Annual statistical returns and brief notes on vaccination in Bengal - 1887-1898
Year: 1887
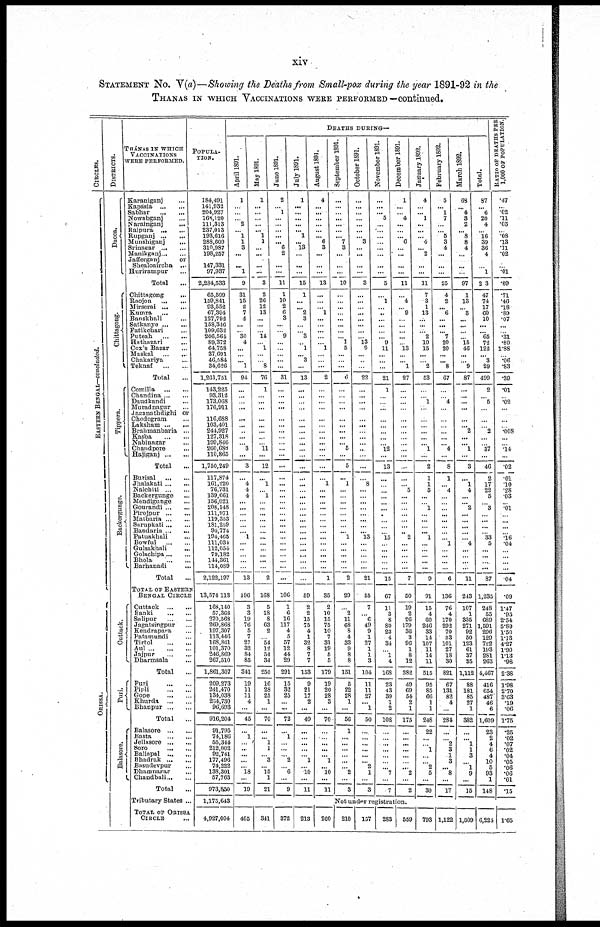
xiv
STATEMENT No. V(a)—Showing the Deaths from Small-pox during the year 1891-92 in the
THANAS IN WHICH VACCINATIONS WERE PERFORMED—continued.
CIRCLES.
EASTERN BENGAL—concluded.
ORISSA.
DISTRICTS.
Dacca.
Chittagong.
Tippera.
Backergunge.
Cuttack.
Puri.
Balasore.
THÁNAS IN WHICH
VACCINATIONS
WERE PERFORMED.
Karaniganj ...
Kapasia
...
...
Sabhar
...
...
Nowabganj ...
Narainganj
...
Raipura
...
...
Rupganj
...
...
Munshiganj ...
Srinagar ... ...
Manikganj ... ...
Jafferganj
or
Shealoaircha ...
Hurirampur ...
Total ...
Chittngong ...
Raojon
...
...
Mirserai
...
...
Kumra ... ...
Banskhali ...
Satkanye
...
...
Fatikchari ...
Puteah
...
...
Hathazari
...
Cox's Bazar ...
Maskal
...
...
Chakariya ...
Teknaf
... ...
Total ...
Comilla
...
...
Chandina ... ...
Daudkandi ...
Muradnagur ...
Jaganathdighi or
Chodogram ...
Laksham
...
...
Brahmanbaria ...
Kasba
...
...
Nabinagar ...
Chandpore ...
Hajiganj
...
...
Total ...
Burisal
...
...
Jhalakati ... ...
Nalchiti
...
...
Backergunge ...
Mendigunge ...
Gourandi ... ...
Pirojpur
...
...
Matbaria ... ...
Sarupkati ... ...
Bandaria ... ...
Patuakhali ...
Bowful
...
...
Gulsakhali ...
Golachipa ... ...
Bhola
...
...
Barhanadi
...
Total ...
TOTAL OF EASTERN
BENGAL CIRCLE
Cuttack
...
...
Banki
...
...
Salipur
...
...
Jagatsingpur ...
Kendrapara ...
Patamundi ...
Tirtol
...
...
Aul
...
...
...
Jajpur
...
...
Dharmsala ...
Total ...
Puri
...
...
Pipli
...
...
Gope
...
...
Khurda
...
...
Bhanpur
...
...
Total ...
Balasore
...
...
Basta
...
...
Jellasore
...
...
Soro
...
...
Balinpal
...
...
Bhadrak
...
...
Basudevpur ...
Dhamnagar ...
Chandbali ... ...
Total ...
Tributary States ...
TOTAL OF ORISSA
CIRCLE ...
POPULA¬
-----
184,491
141,932
204,927
168,120
111,313
237,013
193,616
288,609
310,987
198,257
147,331
97,937
2,284,533
65,599
159,841
93,552
67,394
127,792
158,346
109,632
206,564
89,372
64,758
37,691
46,584
34,626
1,261,751
143,225
93,312
173,068
176,911
116,688
103,401
244,927
127,318
199,846
260,688
110,865
1,750,249
117,874
161,220
76,731
139,661
156,021
208,148
111,971
119,353
181,259
94,774
194,465
111,034
112,054
79,182
144,361
114,089
2,122,197
13,574,113
168,140
57,368
270,568
269,868
197,307
113,446
168,861
101,370
246,869
267,510
1,861,307
209,273
241,470
134,038
264,730
96,693
916,204
91,795
74,186
55,344
212,002
92,741
177,496
74,222
138,301
57,763
973,850
1,175,643
4,927,004
DEATHS DURING—
April 1891.
1
...
...
...
2
... 1
1
3
...
...
1
9
31
15
2
7
4
...
...
30
4
...
...
... 1
94
...
...
...
...
...
...
...
...
...
3
...
3
...
4
4
4
...
...
...
...
...
...
1
...
...
...
...
...
13
196
3
3
19
76
5
7
27
32
84
85
341
19
11
11
4
...
45
...
1
...
...
...
...
...
18
...
19
May 1891.
1
...
...
...
...
... 1
1
...
...
...
...
3
2
26
12
13
...
...
...
14
... 1
...
...
8
76
1
...
...
...
...
...
...
...
...
11
...
12
...
1
...
1
...
...
...
...
...
...
...
...
...
...
...
...
2
168
5
18
8
63
2
...
54
12
54
34
250
16
28
25
1
...
70
...
... 1
1
...
3
...
15
1
21
June 1891.
2
...
1
...
...
...
... ... 6
2
...
...
11
1
10
2
6
3
...
...
9
...
...
...
...
...
31
...
...
...
...
...
...
...
...
...
...
...
...
...
...
...
...
...
...
...
...
...
...
...
...
...
...
...
...
...
106
1
6
16
117
4
5
57
12
44
29
291
15
32
25
... ...
72
...
1
...
...
...
2
...
6
...
9
July 1891.
1
...
...
...
...
... 1
... 13
...
...
...
15
1
...
... 2
3
...
...
3
...
1
... 3
...
13
...
...
...
...
...
...
...
...
...
...
...
...
...
...
...
...
...
...
...
...
...
...
...
...
...
...
...
...
...
59
2
2
15
75
4
1
32
8
7
7
153
9
21
17
2
...
49
...
...
...
...
...
1
...
10
...
11
August 1891.
4
...
...
...
...
...
...
6
3
...
...
...
18
...
...
...
1
...
...
...
...
...
1
...
...
...
2
...
...
...
...
...
...
...
...
...
...
...
...
...
1
...
...
...
...
...
...
...
...
...
...
...
...
...
...
1
35
2
10
15
75
10
7
31
19
5
5
179
19
20
28
3
...
70
...
...
...
...
... 1
...
10
...
11
September 1891.
...
...
...
...
...
...
... 7
3
...
...
...
10
...
...
...
...
...
...
...
...
1
5
...
...
...
6
...
...
...
...
...
...
...
...
...
5
...
5
...
1
...
...
...
...
...
...
...
...
1
...
...
...
...
...
2
29
...
2
11
68
8
4
33
9
8
8
151
5
22
28
1
...
56
1
...
...
...
...
... ...
2
...
3
October 1891.
...
...
...
...
...
... ...
3
...
...
...
...
3
...
...
...
...
...
...
...
...
13
9
...
...
...
22
...
...
...
...
...
...
...
...
...
...
...
...
...
8
...
...
...
...
...
...
...
...
13
...
...
...
...
...
21
55
7
...
6
49
9
1
27
1
1
3
104
11
11
27
... 1
50
...
... ...
...
...
...
2
1
...
3
November 1891.
...
...
... 5
...
...
...
...
...
...
...
...
5
...
1
... ...
...
...
...
...
9
11
...
...
...
21
1
...
...
...
...
... ...
...
...
12
...
13
...
...
...
...
...
... ...
...
...
...
15
...
...
...
...
...
15
67
11
3
8
80
23
4
34
...
1
4
168
23
43
39
1
2
108
...
...
...
...
...
...
...
7
...
7
December 1891.
1
...
...
4
...
...
...
6
...
...
...
...
11
...
4
...
9
...
...
...
...
...
13
...
...
1
27
...
...
...
...
...
...
...
...
...
...
...
...
...
...
5
...
...
...
...
...
...
...
2
...
...
...
...
...
7
50
19
2
26
179
36
3
96
1
8
12
382
49
69
54
2
1
175
...
...
...
...
...
...
...
2
...
2
January 1892.
4
...
... 1
...
...
... 4
... 2
...
...
11
7
3
1
13
...
...
...
2
10
15
...
...
2
53
...
...
1
...
...
...
...
...
... 1
...
2
1
1
5
...
...
1
...
...
...
...
1
...
...
...
...
...
9
91
15
4
60
246
33
14
107
11
14
11
515
95
85
66
1
1
248
22
...
...
1
...
...
2
5
...
30
February 1892.
5
... 1
7
...
... 5
3
4
...
...
...
25
4
2
... 6
...
...
... 7
20
20
...
... 8
67
...
...
4
...
...
...
...
...
...
4
...
8
1
...
4
...
...
...
...
...
...
...
...
1
...
...
...
...
6
136
76
4
170
292
70
33
101
27
18
30
821
67
131
82
4
...
284
...
...
2
3
1
3
...
8
...
17
March 1892.
68
...
4
3
2
... 8
8
4
...
...
...
97
1
13
... 3
...
...
...
...
15
46
...
...
9
87
...
...
...
...
...
... 2
...
... 1
...
3
...
1
4
...
... 2
...
...
...
...
...
4
...
...
...
...
11
243
107
1
335
271
92
50
123
61
87
35
1,112
88
181
85
27
1
382
...
... 1
1
3
...
1
9
...
15
Total.
87
...
6
20
4
...
16
39
36
4
...
1
203
47
74
17
60
10
...
... 65
72
122
... 3
29
499
2
...
5
...
...
...
2
...
...
37
...
46
2
17
22
5
...
3
...
...
...
...
33
5
...
...
...
...
87
1,285
248
55
689
1,591
296
129
722
193
281
263
4,467
416
654
487
46
6
1,609
23
2
4
6
4
10
5
93
1
148
RATIO OF DEATHS PER
1,000 OF POPULATION.
.47
...
.02
.11
.03
...
.08 .13
.11
.02
...
.01
.09
.71
.46
.18
.89
.07
...
...
.31
.80
1.88
...
.06
.83
.39
.01
...
.02
...
...
...
.008
...
...
.14
...
.02
.01
.10
.28
.03
...
.01
...
...
...
...
.16
.04
...
...
...
...
.04
.09
1.47
.95
2.54
5.89
1.50
1.18
4.27
1.90
1.13 .98
2.88
1.98
2.70
3.63
.19
.06
1.75
.25
.02
.07
.02
.04
.05
.06
.06
.01
.15
Not under registration.
405
341
372
213
260
210
157
283
559
793 1,122 1,509 6,224 1.65